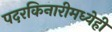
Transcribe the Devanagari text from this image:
पदरकिनारीमध्येही